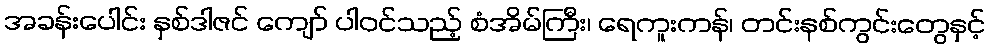
အခန်းပေါင်း နှစ်ဒါဇင် ကျော် ပါဝင်သည့် စံအိမ်ကြီး၊ ရေကူးကန်၊ တင်းနစ်ကွင်းတွေနှင့်